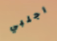
اجلبي